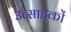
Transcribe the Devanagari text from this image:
उत्साहकों